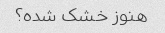
هنوز خشک شده؟